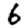
Digit: 6